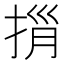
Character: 𢭓